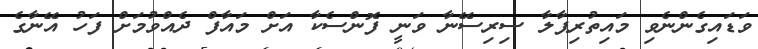
ވަޑައިގެންނެވި މައިތުރިޕާލާ ސިރިސޭނާ ވަނީ ފޮންސެކާ އަށް މައާފް ދެއްވުމަށް ފަހު އޭނާގެ